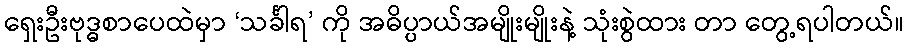
ရှေးဦးဗုဒ္ဓစာပေထဲမှာ ‘သင်္ခါရ’ ကို အဓိပ္ပာယ်အမျိုးမျိုးနဲ့ သုံးစွဲထား တာ တွေ့ရပါတယ်။